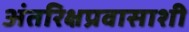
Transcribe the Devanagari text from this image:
अंतरिक्षप्रवासाशी